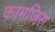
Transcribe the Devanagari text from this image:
कामजिसे